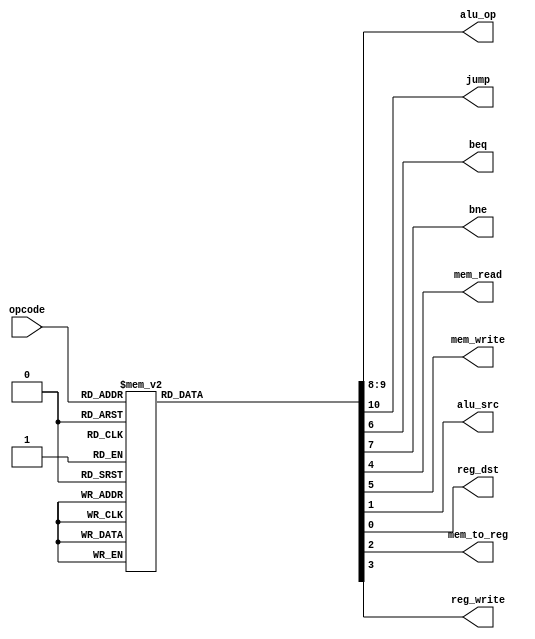
`timescale 1ns / 1ps
//////////////////////////////////////////////////////////////////////////////////
// Company: 
// Engineer: 
// 
// Design Name: 
// Module Name: Control_Unit
// Project Name: 
// Target Devices: 
// Tool Versions: 
// Description: 
// 
// Dependencies: 
// 
// Revision:
// Revision 0.01 - File Created
// Additional Comments:
// 
//////////////////////////////////////////////////////////////////////////////////


module Control_Unit(
      input[3:0] opcode,
      output reg[1:0] alu_op,
      output reg jump,beq,bne,mem_read,mem_write,alu_src,reg_dst,mem_to_reg,reg_write    
    );


always @(*)
begin
 case(opcode) 
 4'b0000:  // LW
   begin
    reg_dst = 1'b0;
    alu_src = 1'b1;
    mem_to_reg = 1'b1;
    reg_write = 1'b1;
    mem_read = 1'b1;
    mem_write = 1'b0;
    beq = 1'b0;
    bne = 1'b0;
    alu_op = 2'b10;
    jump = 1'b0;   
   end
 4'b0001:  // SW
   begin
    reg_dst = 1'b0;
    alu_src = 1'b1;
    mem_to_reg = 1'b0;
    reg_write = 1'b0;
    mem_read = 1'b0;
    mem_write = 1'b1;
    beq = 1'b0;
    bne = 1'b0;
    alu_op = 2'b10;
    jump = 1'b0;   
   end
 4'b0010:  // data_processing
   begin
    reg_dst = 1'b1;
    alu_src = 1'b0;
    mem_to_reg = 1'b0;
    reg_write = 1'b1;
    mem_read = 1'b0;
    mem_write = 1'b0;
    beq = 1'b0;
    bne = 1'b0;
    alu_op = 2'b00;
    jump = 1'b0;   
   end
 4'b0011:  // data_processing
   begin
    reg_dst = 1'b1;
    alu_src = 1'b0;
    mem_to_reg = 1'b0;
    reg_write = 1'b1;
    mem_read = 1'b0;
    mem_write = 1'b0;
    beq = 1'b0;
    bne = 1'b0;
    alu_op = 2'b00;
    jump = 1'b0;   
   end
 4'b0100:  // data_processing
   begin
    reg_dst = 1'b1;
    alu_src = 1'b0;
    mem_to_reg = 1'b0;
    reg_write = 1'b1;
    mem_read = 1'b0;
    mem_write = 1'b0;
    beq = 1'b0;
    bne = 1'b0;
    alu_op = 2'b00;
    jump = 1'b0;   
   end
 4'b0101:  // data_processing
   begin
    reg_dst = 1'b1;
    alu_src = 1'b0;
    mem_to_reg = 1'b0;
    reg_write = 1'b1;
    mem_read = 1'b0;
    mem_write = 1'b0;
    beq = 1'b0;
    bne = 1'b0;
    alu_op = 2'b00;
    jump = 1'b0;   
   end
 4'b0110:  // data_processing
   begin
    reg_dst = 1'b1;
    alu_src = 1'b0;
    mem_to_reg = 1'b0;
    reg_write = 1'b1;
    mem_read = 1'b0;
    mem_write = 1'b0;
    beq = 1'b0;
    bne = 1'b0;
    alu_op = 2'b00;
    jump = 1'b0;   
   end
 4'b0111:  // data_processing
   begin
    reg_dst = 1'b1;
    alu_src = 1'b0;
    mem_to_reg = 1'b0;
    reg_write = 1'b1;
    mem_read = 1'b0;
    mem_write = 1'b0;
    beq = 1'b0;
    bne = 1'b0;
    alu_op = 2'b00;
    jump = 1'b0;   
   end
 4'b1000:  // data_processing
   begin
    reg_dst = 1'b1;
    alu_src = 1'b0;
    mem_to_reg = 1'b0;
    reg_write = 1'b1;
    mem_read = 1'b0;
    mem_write = 1'b0;
    beq = 1'b0;
    bne = 1'b0;
    alu_op = 2'b00;
    jump = 1'b0;   
   end
 4'b1001:  // data_processing
   begin
    reg_dst = 1'b1;
    alu_src = 1'b0;
    mem_to_reg = 1'b0;
    reg_write = 1'b1;
    mem_read = 1'b0;
    mem_write = 1'b0;
    beq = 1'b0;
    bne = 1'b0;
    alu_op = 2'b00;
    jump = 1'b0;   
   end
 4'b1011:  // BEQ
   begin
    reg_dst = 1'b0;
    alu_src = 1'b0;
    mem_to_reg = 1'b0;
    reg_write = 1'b0;
    mem_read = 1'b0;
    mem_write = 1'b0;
    beq = 1'b1;
    bne = 1'b0;
    alu_op = 2'b01;
    jump = 1'b0;   
   end
 4'b1100:  // BNE
   begin
    reg_dst = 1'b0;
    alu_src = 1'b0;
    mem_to_reg = 1'b0;
    reg_write = 1'b0;
    mem_read = 1'b0;
    mem_write = 1'b0;
    beq = 1'b0;
    bne = 1'b1;
    alu_op = 2'b01;
    jump = 1'b0;   
   end
 4'b1101:  // J
   begin
    reg_dst = 1'b0;
    alu_src = 1'b0;
    mem_to_reg = 1'b0;
    reg_write = 1'b0;
    mem_read = 1'b0;
    mem_write = 1'b0;
    beq = 1'b0;
    bne = 1'b0;
    alu_op = 2'b00;
    jump = 1'b1;   
   end   
 default: begin
    reg_dst = 1'b1;
    alu_src = 1'b0;
    mem_to_reg = 1'b0;
    reg_write = 1'b1;
    mem_read = 1'b0;
    mem_write = 1'b0;
    beq = 1'b0;
    bne = 1'b0;
    alu_op = 2'b00;
    jump = 1'b0; 
   end
 endcase
 end

endmodule